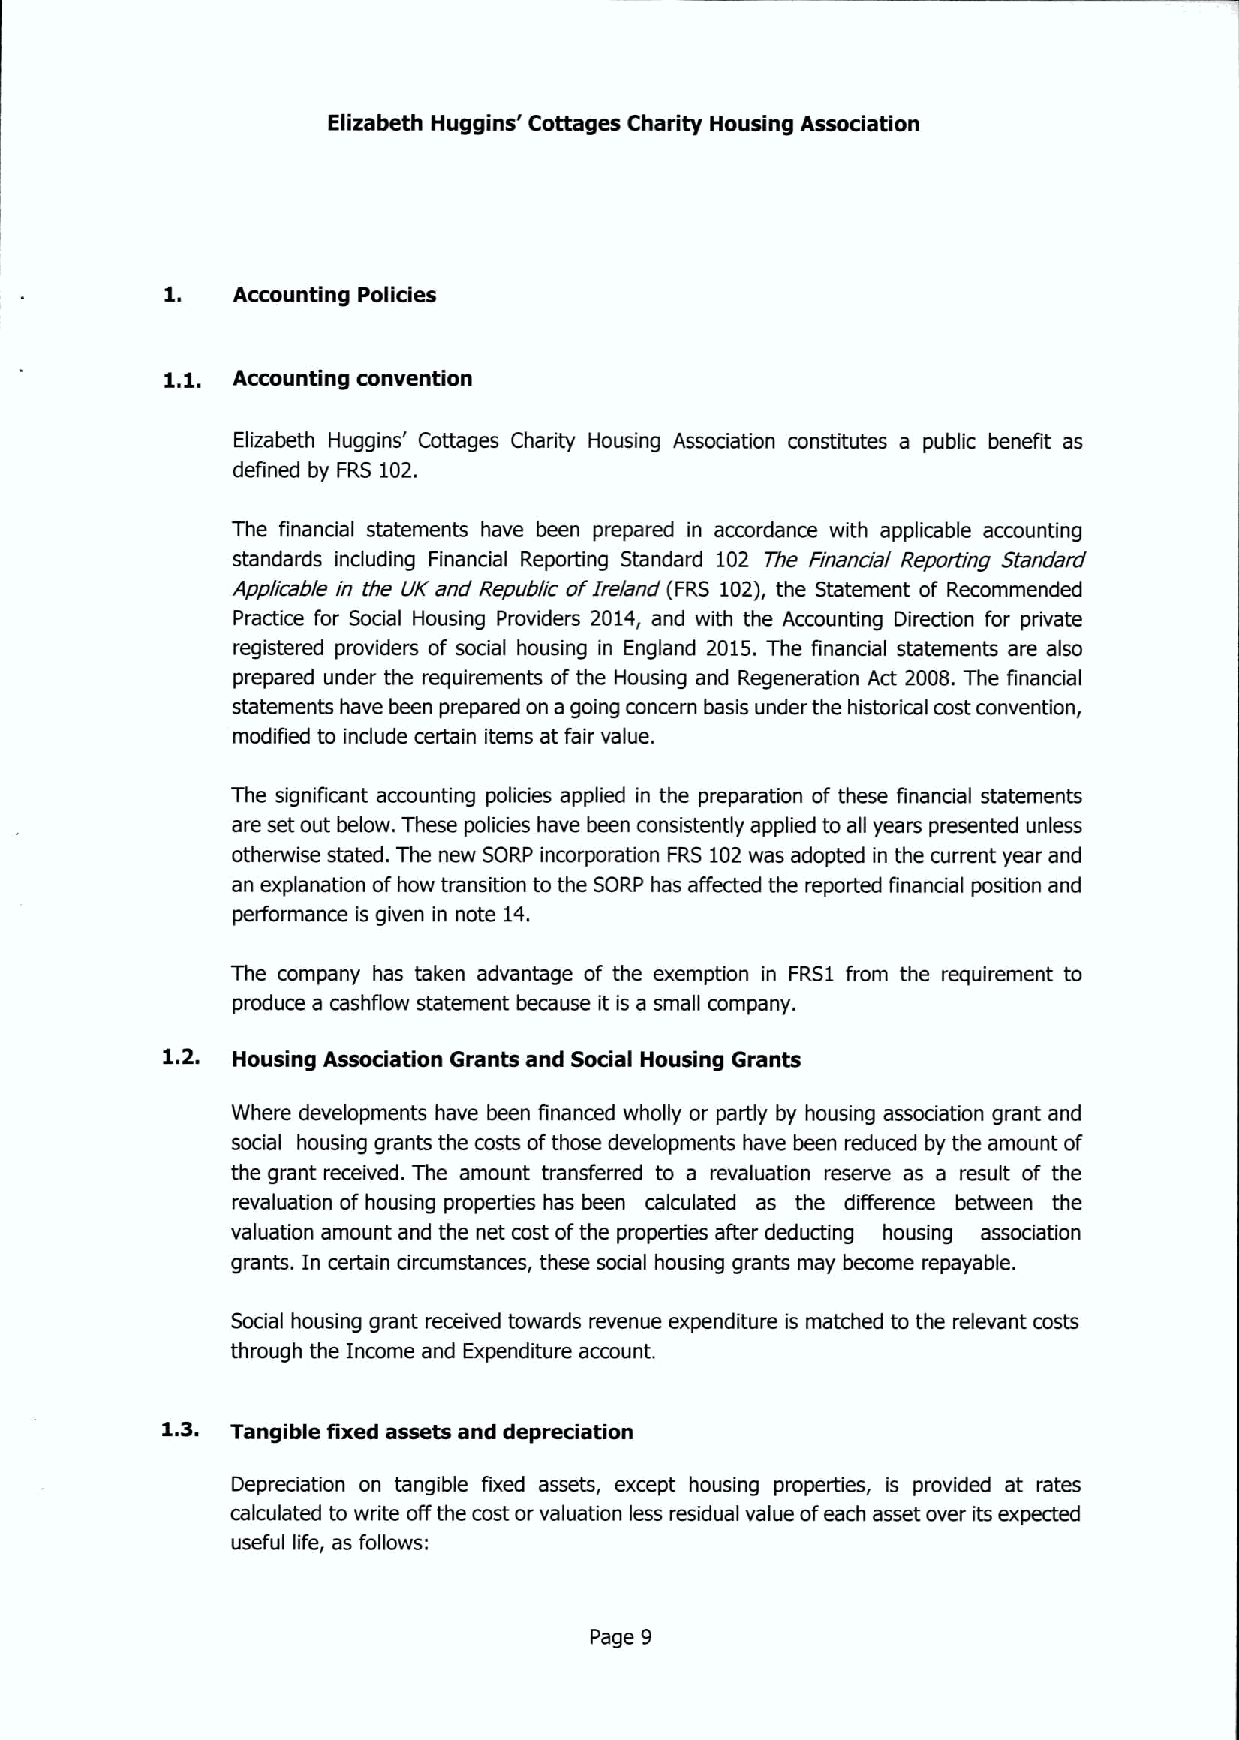
Elizabeth Huggins' Cottages Charity Housing Association
 1.  Accounting Policies
 1.1. Accounting convention
 Elizabeth Huggins' Cottages Charity Housing Association constitutes a public benefit as
 defined by FRS 102.
 The financial statements have been prepared in accordance with applicable accounting
 standards including Financial Reporting Standard 102 The Financial Reporting Standard
 Applicable in the UK and Republic ofIreland (FRS 102), the Statement of Recommended
 Practice for Social Housing Providers 2014, and with the Accounting Direction for private
 registered providers of social housing in England 2015.The financial statements are also
 prepared under the requirements of the Housing and Regeneration Act 2008. The financial
 statements have been prepared on a going concern basis under the historical costconvention,
 modified to include certain items at fair value.
 The significant accounting policies applied in the preparation of these financial statements
 are set out below. These policies have been consistently applied to all years presented unless
 otherwise stated. The new SORP incorporation FRS 102was adopted in the current year and
 an explanation ofhow transition to the SORP has affected the reported financial position and
 performance is given in note 1'l.
 The company has taken advantage of the exemption in FRS1 from the requirement to
 produce a cashflow statement because it is a small company.
 12  Housing Association Grants and Social Housing Grants
 Where developments have been financed wholly or partly by housing association grant and
 social housing grants the costs ofthose developments have been reduced by the amount of
 the grant received. The amount transferred to a revaluation reserve as a result of the
 revaluation of housing properties has been calculated as the difference between the
 valuation amount and the net cost ofthe properties after deducting housing association
 grants. In certain circumstances, these social housing grants may become repayable.
 Social housing grant received towards revenue expenditure is matched to the relevant costs
 through the Income and Expenditure account.
 13  Tangible fixed assets and depreciation
 Depreciation on tangible fixed assets, except housing properties, is provided at rates
 calculated to write offthe cost or valuation less residual value ofeach asset over its expected
 useful life, as follows:
 Page 9